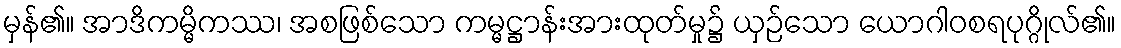
မှန်၏။ အာဒိကမ္မိကဿ၊ အစဖြစ်သော ကမ္မဋ္ဌာန်းအားထုတ်မှု၌ ယှဉ်သော ယောဂါဝစရပုဂ္ဂိုလ်၏။